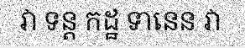
វា ទន្ត កដ្ឋ ទានេន វា